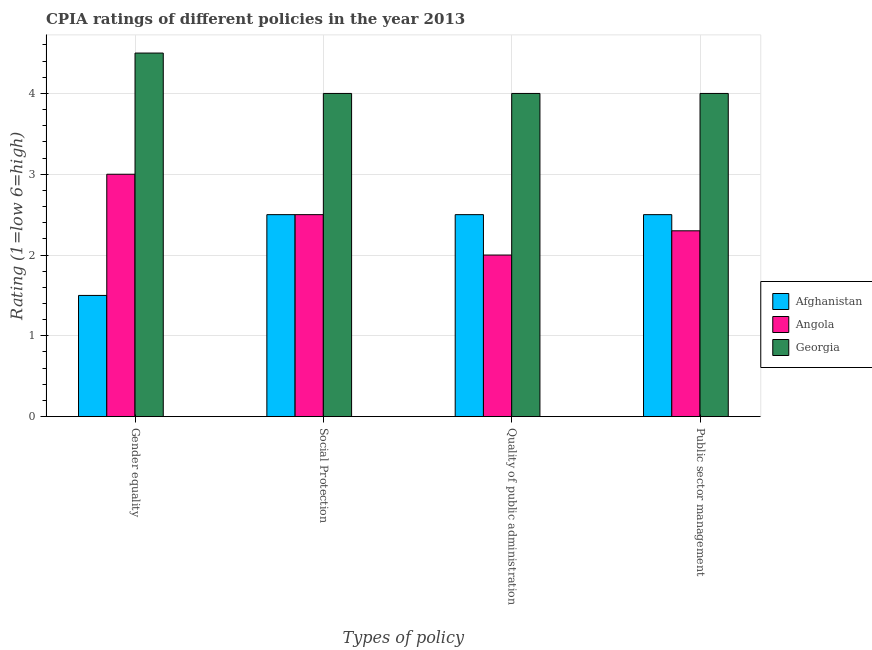
| Types of policy | Afghanistan | Angola | Georgia |
 | --- | --- | --- | --- |
 | Gender equality | 1.5 | 3 | 4.5 |
 | Social Protection | 2.5 | 2.5 | 4 |
 | Quality of public administration | 2.5 | 2 | 4 |
 | Public sector management | 2.5 | 2.3 | 4 |